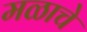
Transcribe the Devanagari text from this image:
मळाचे